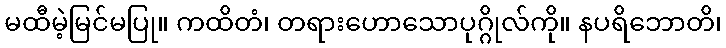
မထီမဲ့မြင်မပြု။ ကထိတံ၊ တရားဟောသောပုဂ္ဂိုလ်ကို။ နပရိဘောတိ၊